Punjab Mental Hospital Lahore 1922-31 - 1922-1931
Year: 1922
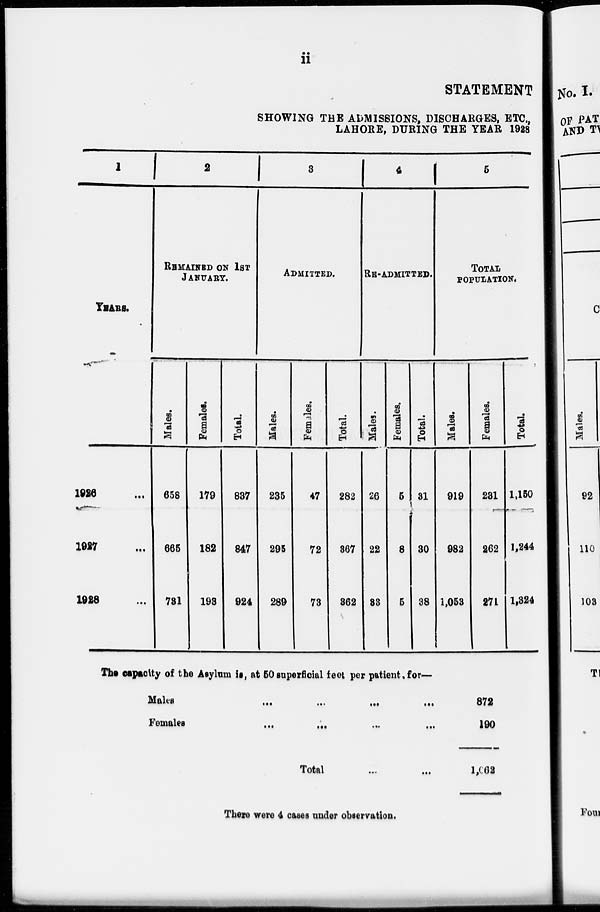
ii
STATEMENT
SHOWING THE ADMISSIONS, DISCHARGES, ETC.,
LAHORE, DURING THE YEAR 1928
1
YEARS.
1926 ...
1927 ...
1928 ...
2
REMAINED ON 1ST
JANUARY.
Males.
658
665
731
Females.
179
182
193
Total.
837
847
924
3
ADMITTED.
Males.
235
295
289
Females.
47
72
73
Total.
282
367
362
4
RE-ADMITTED.
Males.
26
22
33
Females.
5
8
5
Total.
31
30
38
5
TOTAL
POPULATION.
Males.
919
982
1,053
Females.
231
262
271
Total.
1,150
1,244
1,324
The capacity of the Asylum is, at 50 superficial feet per patient, for—
Males
...
...
...
...
...
Females
...
...
...
...
...
Total
...
...
878
190
l,062
There were 4 cases under observation.